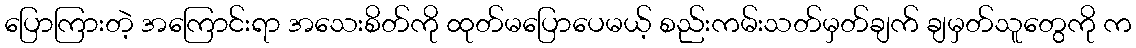
ပြောကြားတဲ့ အကြောင်းရာ အသေးစိတ်ကို ထုတ်မပြောပေမယ့် စည်းကမ်းသတ်မှတ်ချက် ချမှတ်သူတွေကို က